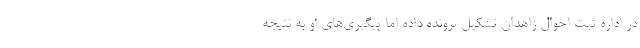
در اداره ثبت احوال زاهدان تشكيل پرونده داده اما پيگيري‌هاي او به نتيجه